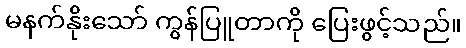
မနက်နိုးသော် ကွန်ပြူတာကို ပြေးဖွင့်သည်။